Statistics compiled by the Government of India from the reports of provincial Civil Veterinary Departments
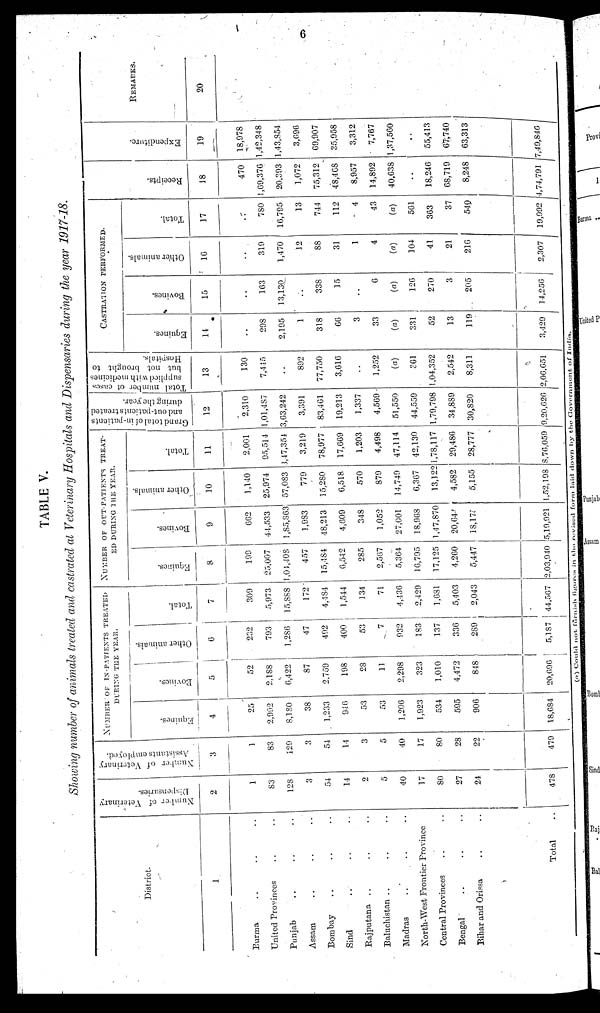
6
TABLE V.
Showing number of animals treated and castrated at Veterinary Hospitals and Dispensaries during the year 1917-18.
District.
1
Burma .. .. ..
United Provinces .. ..
Punjab .. .. ..
Assam .. .. ..
Bombay .. .. ..
Sind .. .. ..
Rajputana .. .. ..
Baluchistan .. .. ..
Madras .. .. ..
North-West Frontier Province
Central Provinces .. ..
Bengal .. .. ..
Bihar and Orissa .. ..
Total ..
Number of Veterinary
Dispensaries.
2
1
83
128
3
54
14
2
5
40
17
80
27
24
478
Number
of Veterinary
Assistants
employed.
3
1
83
120
3
54
14
3
5
40
17
80
28
22
479
NUMBER OF IN-PATIENTS TREATED
DURING THE YEAR.
Equines.
4
25
2,992
8,180
38
1,233
946
53
53
1,206
1,923
534
595
906
18,684
Bovines.
5
52
2,188
6,422
87
2,759
198
28
11
2,298
323
1,010
4,472
848
20,696
Other animals.
6
232
793
1,286
47
492
400
53
7
932
183
137
336
289
5,187
Total.
7
309
5,973
15,888
172
4,484
1,544
134
71
4,436
2,429
1,681
5,403
2,043
44,567
NUMBER OF OUT-PATIENTS TREAT-
ED DURING THE YEAR.
Equinas.
8
199
25,007
1,04,408
457
15,484
6,542
285
2,567
5,364
16,795
17,125
4,260
5,447
2,03,940
Bovines.
9
662
44,533
1 ,85,863
1,983
48,213
4,609
348
1,052
27,001
18,968
1,47,870
20,044
18,17
5,19,921
Other animals.
10
1,140
25,974
57,083
779
15,280
6,518
570
879
14,749
6,367
13,122
4,582
5,155
1,52,198
Total.
11
2,001
95,514
8,47,354
3,219
78,977
17,669
1,203
4,498
47,114
42,130
1,78,117
29,486
28,777
8,76,059
Grand total of in-patients
and out-patientstreated
during the year.
12
2,310
1,01,487
3,63,242
3,391
83,461
19,213
1,337
4,569
51,550
44,559
1,79,798
34,889
30,820
9,20,626
Total number of cases
supplied with medicines
but not brought to
Hospitals.
13
130
7,445
..
892
77,750
3,616
..
1,252
(a)
361
1,04,352
2,542
8,311
2,06,651
CASTRATION PERFORMED..
Equines.
14
..
298
2,195
1
318
66
3
33
(a)
331
52
13
119
3,429
Bovines.
15
..
163
13,130
..
338
15
..
6
(a)
126
270
3
205
14,256
Other animals.
16
..
319
1,470
12
88
31
1
4
(a)
104
41
21
216
2,307
Total.
17
..
780
16,795
13
744
112
4
43
(a)
561
363
37
540
19,992
Recei pt s.
18
470
4,69,376
20,393
1,072
75,312
48,468
8,957
14,892
40,638
..
18,246
68,719
8,248
4,74,791
Expendi t
ur e.
19
18,978
1,42,348
1,43,854
3,696
69,907
35,958
3,312
7,767
1,37,560
..
55,413
67,740
63,313
7,49,846
REMARKS.
20
(a) Could not furnish figures in the revised form laid down by the Govornment of
India.